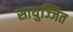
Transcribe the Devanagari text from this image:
सायुज्जित